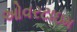
ઓવરટાઇમ